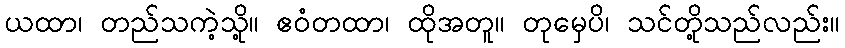
ယထာ၊ တည်သကဲ့သို့။ ဧဝံတထာ၊ ထိုအတူ။ တုမှေပိ၊ သင်တို့သည်လည်း။